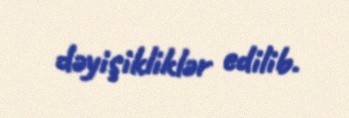
dəyişikliklər edilib.